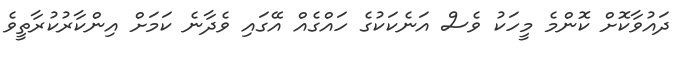
ދައުވާކޮށް ކޮންމެ މީހަކު ވެސް އަނެކަކުގެ ހައްގެއް އޭގައި ވެދާނެ ކަމަށް އިންކާރުކުރާތީވެ